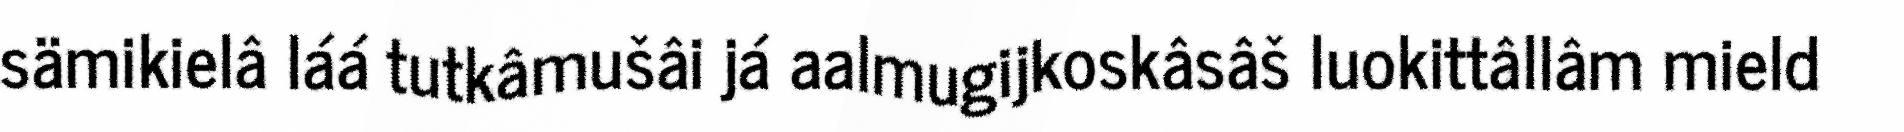
sämikielâ láá tutkâmušâi já aalmugijkoskâsâš luokittâllâm mield